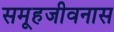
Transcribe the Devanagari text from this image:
समूहजीवनास